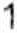
1